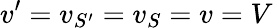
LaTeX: v^{\prime}=v_{S^{\prime}}=v_{S}=v=V